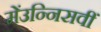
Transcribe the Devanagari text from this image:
मेंउन्निसवीं